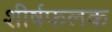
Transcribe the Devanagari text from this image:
शीर्षफलक